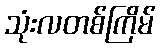
သုံးလတစ်ကြိမ်